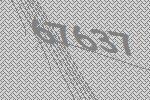
67637